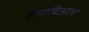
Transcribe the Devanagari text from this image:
कैनाबिओल